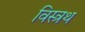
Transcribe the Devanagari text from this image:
विस्त्रथ